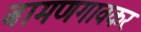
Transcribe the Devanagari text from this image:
बामणगावकर